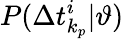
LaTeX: P(\Delta t_{k_{p}}^{i}|\vartheta)